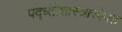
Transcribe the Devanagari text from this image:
पद्ध्तीशास्त्रासोबत